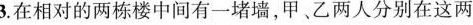
3.在相对的两栋楼中间有一堵墙，甲、乙两人分别在这两